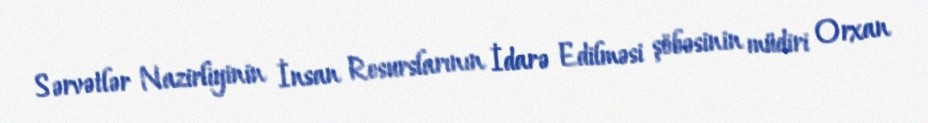
Sərvətlər Nazirliyinin İnsan Resurslarının İdarə Edilməsi şöbəsinin müdiri Orxan